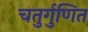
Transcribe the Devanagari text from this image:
चतुर्गुणित